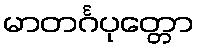
မာတင်္ဂပုတ္တော